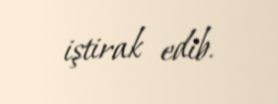
iştirak edib.